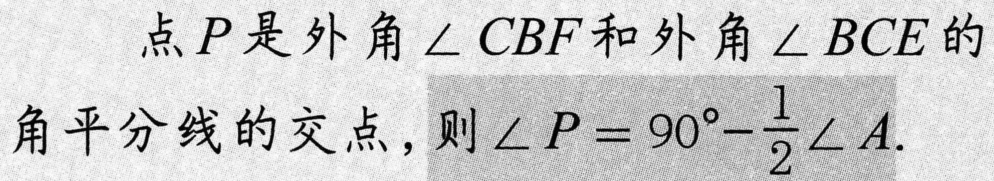
点\(P\)是外角\(\angle CBF\)和外角\(\angle BCE\)的
角平分线的交点，则\(\angle P = 90^{\circ}-\frac{1}{2}\angle A\).